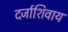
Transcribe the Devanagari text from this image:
दर्जाशिवाय